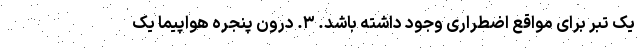
یک تبر برای مواقع اضطراری وجود داشته باشد. ۳. درون پنجره هواپیما یک